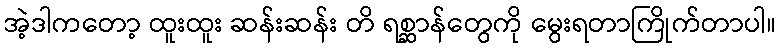
အဲ့ဒါကတော့ ထူးထူး ဆန်းဆန်း တိ ရစ္ဆာန်တွေကို မွေးရတာကြိုက်တာပါ။